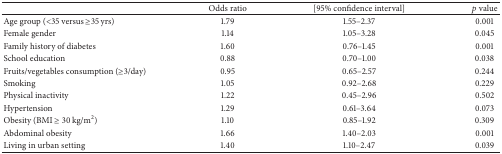
|  | Odds ratio | [95% confidence interval] | p value |
 | --- | --- | --- | --- |
 | Age group (<35 versus ≥35 yrs) | 1.79 | 1.55–2.37 | 0.001 |
 | Female gender | 1.14 | 1.05–3.28 | 0.045 |
 | Family history of diabetes | 1.60 | 0.76–1.45 | 0.001 |
 | School education | 0.88 | 0.70–1.00 | 0.038 |
 | Fruits/vegetables consumption (≥3/day) | 0.95 | 0.65–2.57 | 0.244 |
 | Smoking | 1.05 | 0.92–2.68 | 0.229 |
 | Physical inactivity | 1.22 | 0.45–2.96 | 0.502 |
 | Hypertension | 1.29 | 0.61–3.64 | 0.073 |
 | Obesity (BMI ≥ 30 kg/m2) | 1.10 | 0.85–1.92 | 0.309 |
 | Abdominal obesity | 1.66 | 1.40–2.03 | 0.001 |
 | Living in urban setting | 1.40 | 1.10–2.47 | 0.039 |